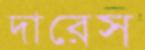
দারেস